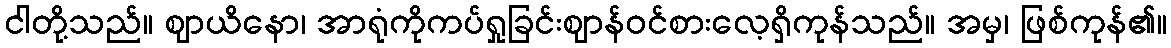
ငါတို့သည်။ ဈာယိနော၊ အာရုံကိုကပ်ရှုခြင်းဈာန်ဝင်စားလေ့ရှိကုန်သည်။ အမှ၊ ဖြစ်ကုန်၏။